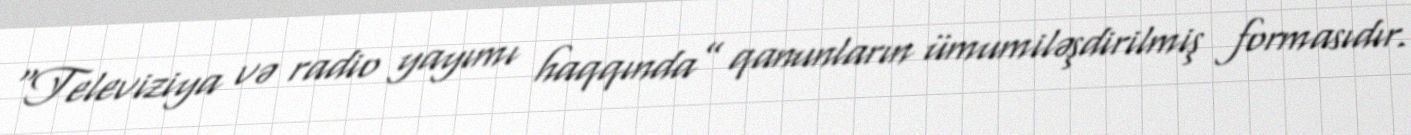
“Televiziya və radio yayımı haqqında” qanunların ümumiləşdirilmiş formasıdır.